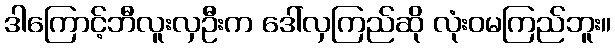
ဒါကြောင့်ဘီလူးလှဦးက ဒေါ်လှကြည်ဆို လုံးဝမကြည်ဘူး။